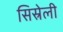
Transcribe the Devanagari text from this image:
सिस्रेली